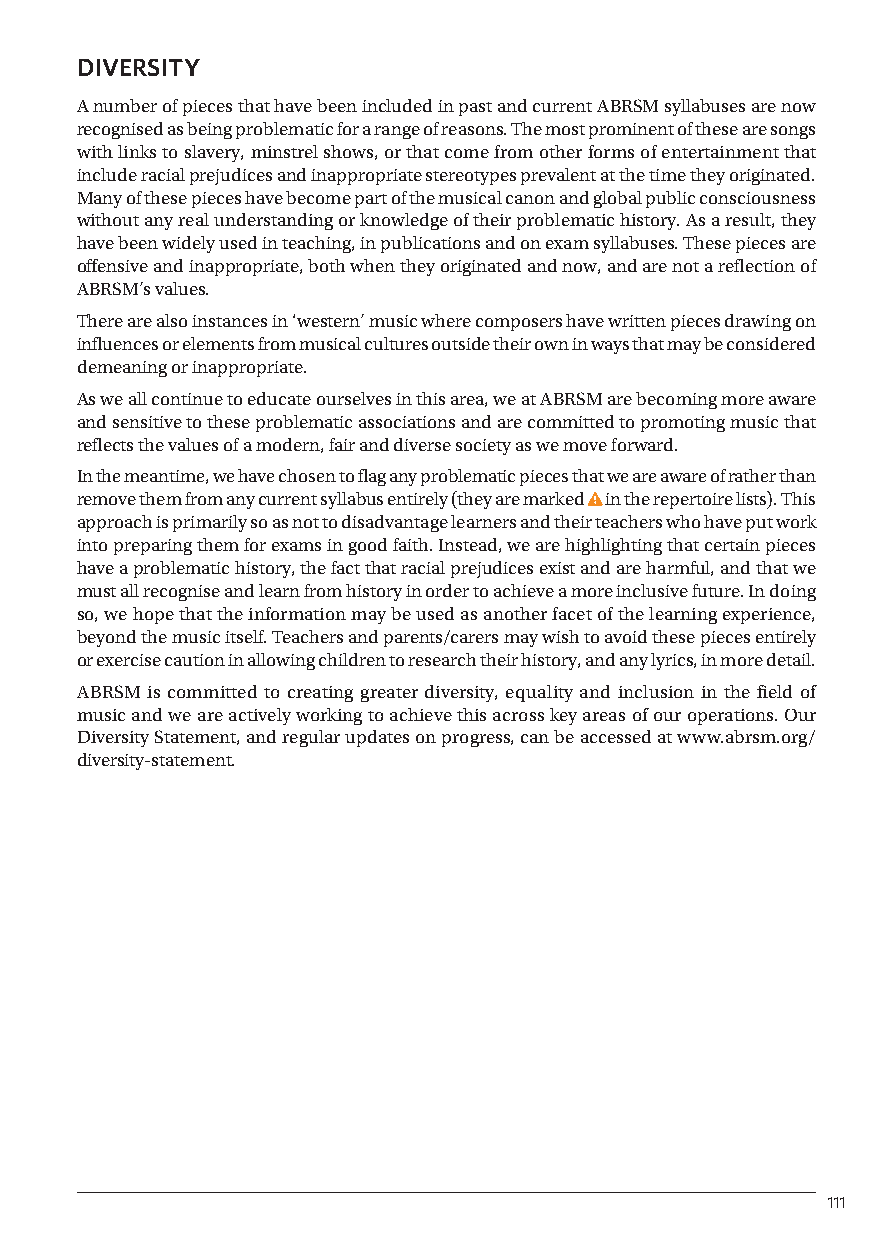
3. Bowed Strings Performance Grades syllabus
 DIVERSITY
 A number of pieces that have been included in past and current ABRSM syllabuses are now
 recognised as being problematic for a range of reasons. The most prominent of these are songs
 with links to slavery, minstrel shows, or that come from other forms of entertainment that
 include racial prejudices and inappropriate stereotypes prevalent at the time they originated.
 Many of these pieces have become part of the musical canon and global public consciousness
 without any real understanding or knowledge of their problematic history. As a result, they
 have been widely used in teaching, in publications and on exam syllabuses. These pieces are
 offensive and inappropriate, both when they originated and now, and are not a reflection of
 ABRSM’s values.
 There are also instances in ‘western’ music where composers have written pieces drawing on
 influences or elements from musical cultures outside their own in ways that may be considered
 demeaning or inappropriate.
 As we all continue to educate ourselves in this area, we at ABRSM are becoming more aware
 and sensitive to these problematic associations and are committed to promoting music that
 reflects the values of a modern, fair and diverse society as we move forward.
 In the meantime, we have chosen to flag any problematic pieces that we are aware of rather than
 remove them from any current syllabus entirely (they are marked in the repertoire lists). This
 approach is primarily so as not to disadvantage learners and their teachers who have put work
 into preparing them for exams in good faith. Instead, we are highlighting that certain pieces
 have a problematic history, the fact that racial prejudices exist and are harmful, and that we
 must all recognise and learn from history in order to achieve a more inclusive future. In doing
 so, we hope that the information may be used as another facet of the learning experience,
 beyond the music itself. Teachers and parents/carers may wish to avoid these pieces entirely
 or exercise caution in allowing children to research their history, and any lyrics, in more detail.
 ABRSM is committed to creating greater diversity, equality and inclusion in the field of
 music and we are actively working to achieve this across key areas of our operations. Our
 Diversity Statement, and regular updates on progress, can be accessed at www.abrsm.org/
 diversity-statement.
 111